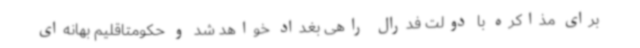
برای مذاکره با دولت فدرال راهی بغداد خواهد شد و حکومتاقلیم بهانه‌ای